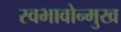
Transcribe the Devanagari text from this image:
स्वभावोन्मुख